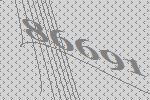
86691